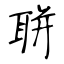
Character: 聠